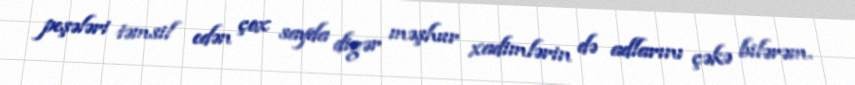
peşələri təmsil edən çox sayda digər məşhur xadimlərin də adlarını çəkə bilərəm.